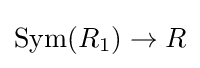
\operatorname {Sym} (R_{1})\to R